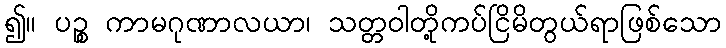
၍။ ပဉ္စ ကာမဂုဏာလယာ၊ သတ္တဝါတို့ကပ်ငြိမိတွယ်ရာဖြစ်သော